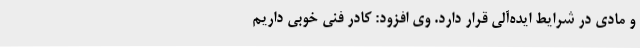
و مادی در شرایط ایده‌آلی قرار دارد. وی افزود: کادر فنی خوبی داریم